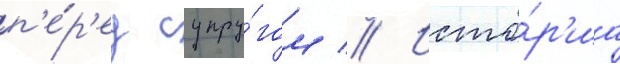
п'е́р'ед супру́гом // Исто́р'иа